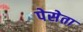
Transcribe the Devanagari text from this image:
पेसेता